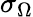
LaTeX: \sigma_{\Omega}